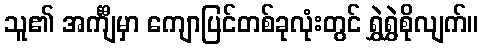
သူ၏ အင်္ကျီမှာ ကျောပြင်တစ်ခုလုံးတွင် ရွှဲရွှဲစိုလျက်။